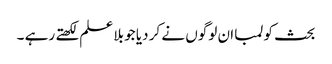
بحث کو لمبا ان لوگوں نے کر دیا جو بلا علم لکھتے رہے ۔